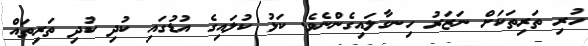
ހުރި ތަރިތަކަށް ނަޒަރު ހިނގާލައިގެންނެވެ. ކަޅު ކުލައިގެ އުޑުގައި ކުދި ކުދި ތަރިތައް